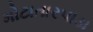
મોટાતારપાડા